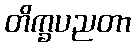
တိက္ခပညတာ